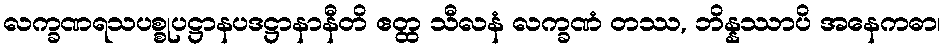
လက္ခဏရသပစ္စုပဋ္ဌာနပဒဋ္ဌာနာနီတိ ဧတ္ထ သီလနံ လက္ခဏံ တဿ, ဘိန္နဿာပိ အနေကဓာ၊